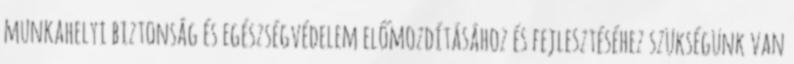
munkahelyi biztonság és egészségvédelem előmozdításához és fejlesztéséhez szükségünk van